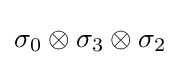
\sigma _{0}\otimes \sigma _{3}\otimes \sigma _{2}